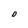
Character: O